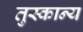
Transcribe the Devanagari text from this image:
तुस्कान्य